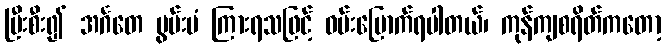
ပြီးစီး၍ အင်္ဂတေ မွမ်းမံ ကြားရသဖြင့် ဝမ်းမြောက်ရပါတယ်၊ ကုန်ကျစရိတ်ကတော့